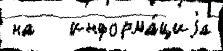
на   информа́циjа